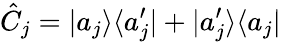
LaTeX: \hat{C}_{j}=|a_{j}\rangle\langle a_{j}^{\prime}|+|a_{j}^{\prime}\rangle\langle a_{j}|